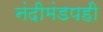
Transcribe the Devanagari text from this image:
नंदीमंडपही